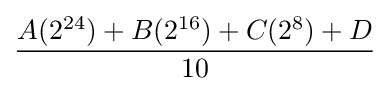
{\frac {A(2^{24})+B(2^{16})+C(2^{8})+D}{10}}